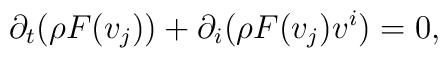
\partial _t(\rho F(v_j))+\partial _i(\rho F(v_j)v^i)=0,